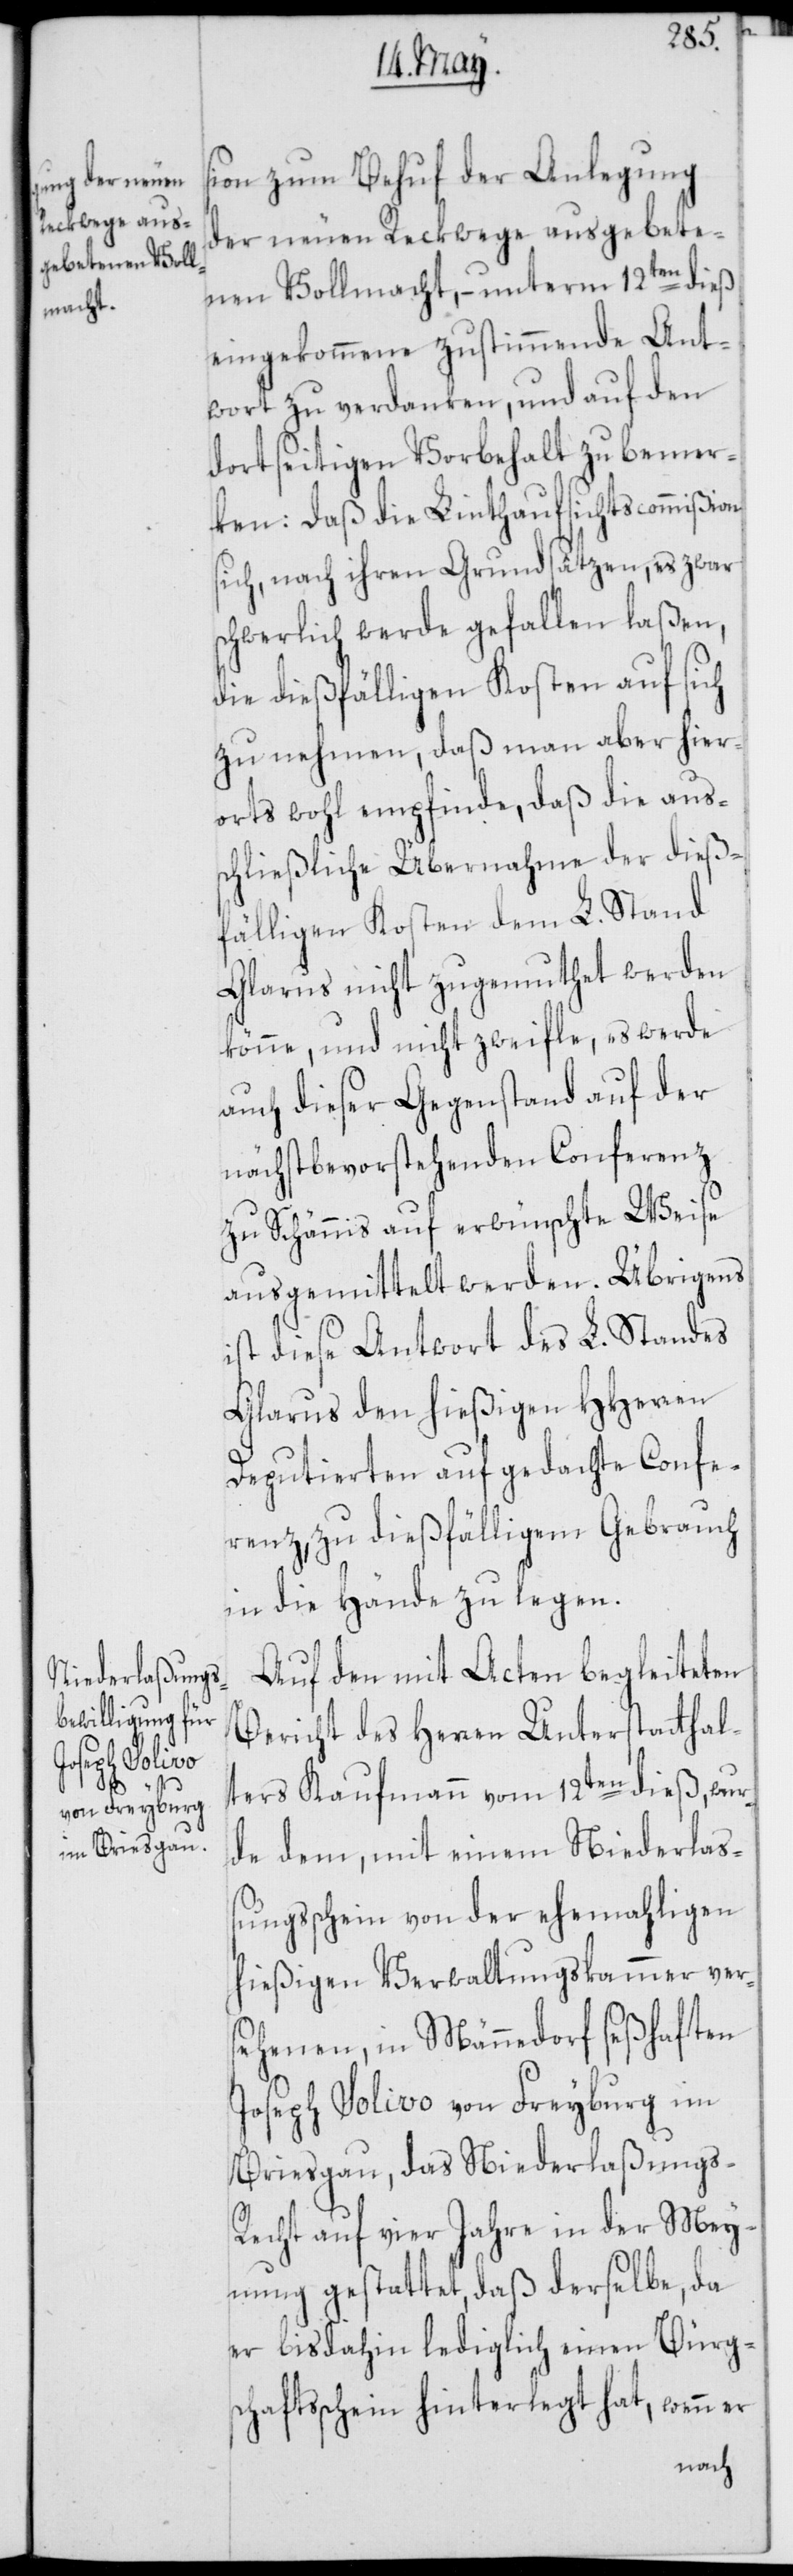
sion zum Behuf der Anlegung
der neuen Reckwege ausgebete¬
nen Vollmacht, – unterm 12ten dieß
eingekommene zustimmende Ant¬
wort zu verdanken, und auf den
dortseitigen Vorbehalt zu bemer¬
ken: Daß die Linthaufsichtscommißion
sich, nach ihren Grundsätzen, es zwar
schwerlich werde gefallen laßen,
die dießfälligen Kosten auf sich
zu nehmen, daß man aber hier¬
orts wohl empfinde, daß die aus¬
schließliche Übernahme der dieß¬
fälligen Kosten dem L. Stand
Glarus nicht zugemuthet werden
könne, und nicht zweifle, es werde
auch dieser Gegenstand auf der
nächstbevorstehenden Conferenz
zu Schännis auf erwünschte Weise
ausgemittelt werden. Übrigens
ist diese Antwort des L. Standes
Glarus den hießigen HHerren
Deputierten auf gedachte Confe¬
renz, zu dießfälligem Gebrauch
in die Hände zu legen.
Auf den mit Acten begleiteten
Bericht des Herren Unterstatthal¬
ters Kaufmann vom 12ten dieß, wur¬
de dem, mit einem Niederlaß¬
ungsschein von der ehemahligen
hießigen Verwaltungskammer ver¬
sehenen, in Männedorf seßhaften
Joseph Solivo von Freyburg im
Briesgau, das Niederlaßungs-R¬
echt auf vier Jahre in der Mey¬
nung gestattet, daß derselbe, da
er bisdahin lediglich einen Bürgs¬
chaftsschein hinterlegt hat, wenn